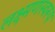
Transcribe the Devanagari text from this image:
लक्ष्मणस्वरूप